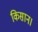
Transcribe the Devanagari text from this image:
किसान।